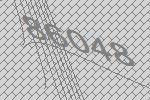
86048